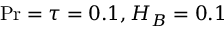
\mathrm { P r } = \tau = 0 . 1 , H _ { B } = 0 . 1